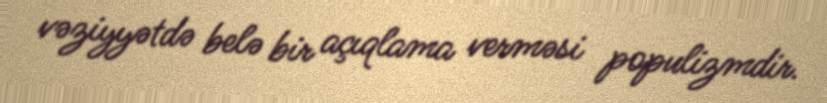
vəziyyətdə belə bir açıqlama verməsi populizmdir.